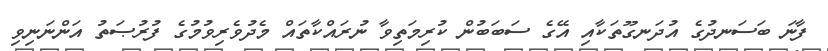
ފާނަ ބަސަނދުގެ އުދަނގޫތަކާއި އޭގެ ސަބަބުން ކުރިމަތިވާ ނުރައްކާތައް މެދުވެރިވުމުގެ ފުރުޞަތު އަންނަނިވި